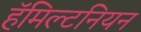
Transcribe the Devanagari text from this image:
हॅमिल्टनियन